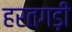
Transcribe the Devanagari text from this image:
हरतगड़ी